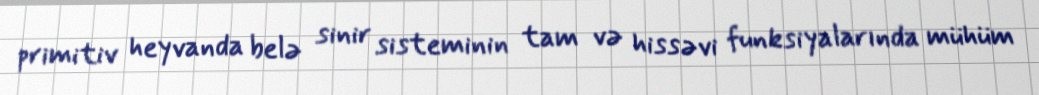
primitiv heyvanda belə sinir sisteminin tam və hissəvi funksiyalarında mühüm